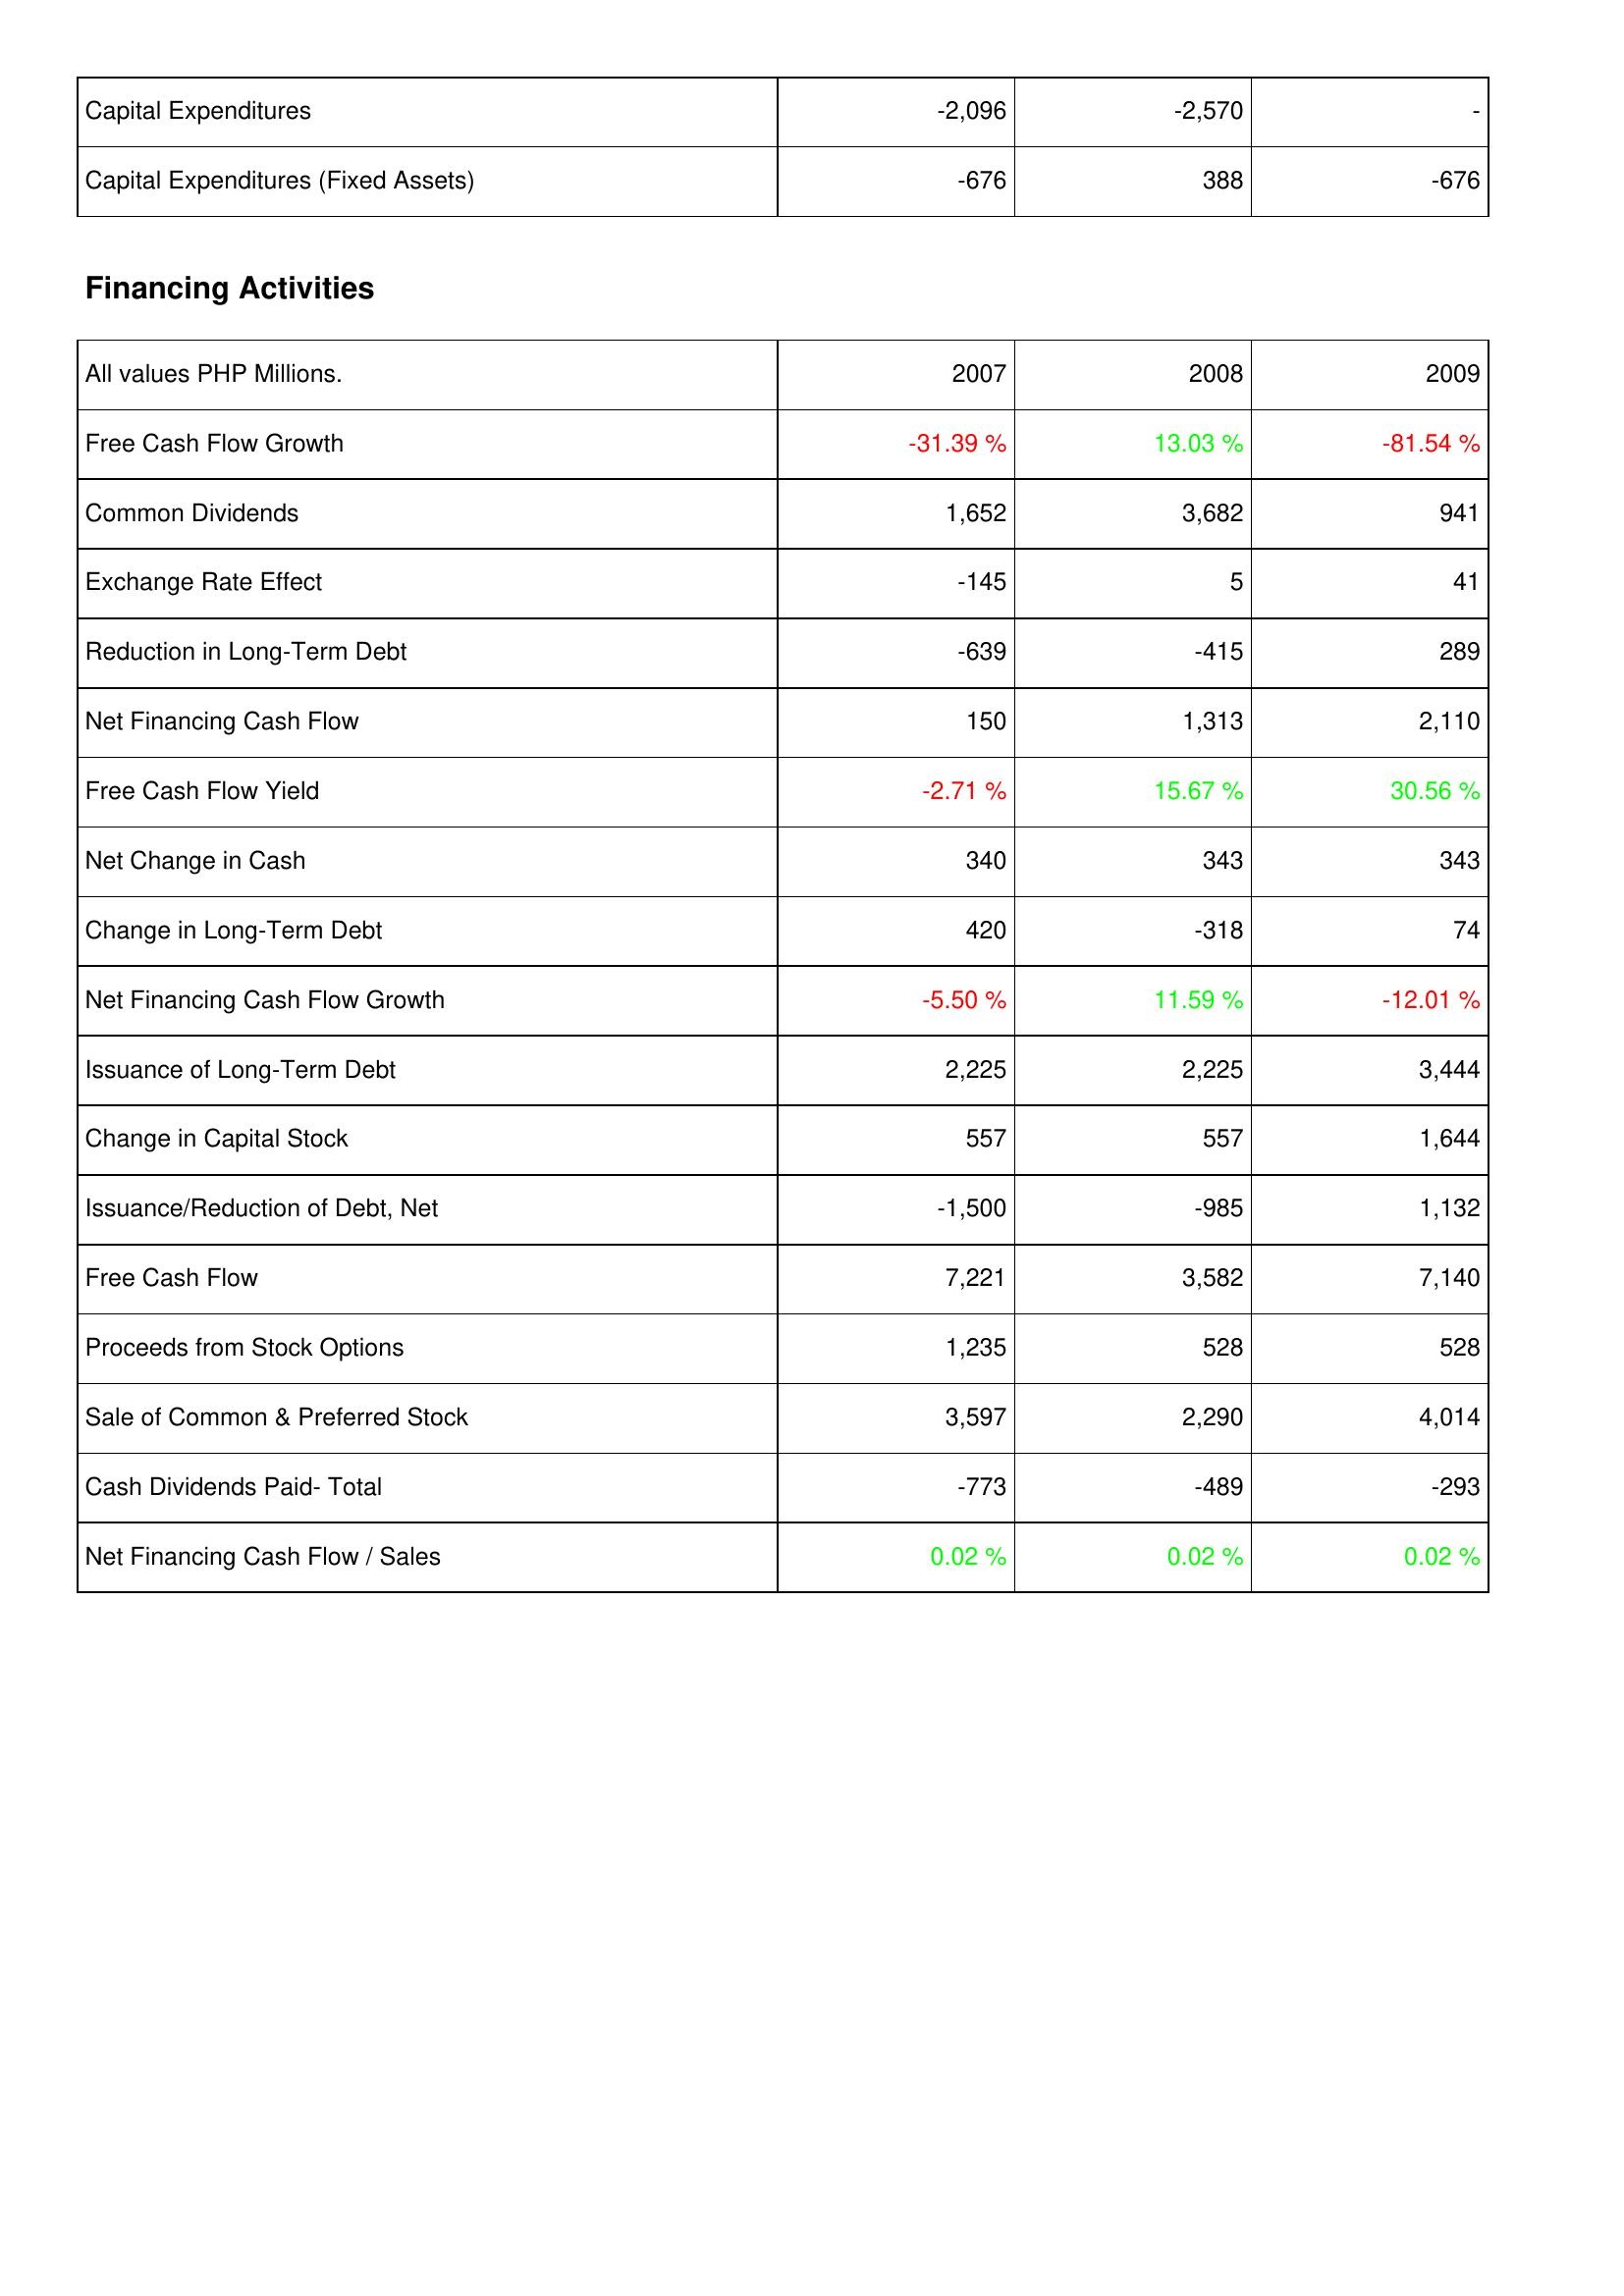
2007: Investing Activities: Capital Expenditures: -2,096
Capital Expenditures (Fixed Assets): -676
Financing Activities: Free Cash Flow Growth: -31.39 %
Common Dividends: 1,652
Exchange Rate Effect: -145
Reduction in Long-Term Debt: -639
Net Financing Cash Flow: 150
Free Cash Flow Yield: -2.71 %
Net Change in Cash: 340
Change in Long-Term Debt: 420
Net Financing Cash Flow Growth: -5.50 %
Issuance of Long-Term Debt: 2,225
Change in Capital Stock: 557
Issuance/Reduction of Debt, Net: -1,500
Free Cash Flow: 7,221
Proceeds from Stock Options: 1,235
Sale of Common & Preferred Stock: 3,597
Cash Dividends Paid- Total: -773
Net Financing Cash Flow / Sales: 0.02 %
2008: Investing Activities: Capital Expenditures: -2,570
Capital Expenditures (Fixed Assets): 388
Financing Activities: Free Cash Flow Growth: 13.03 %
Common Dividends: 3,682
Exchange Rate Effect: 5
Reduction in Long-Term Debt: -415
Net Financing Cash Flow: 1,313
Free Cash Flow Yield: 15.67 %
Net Change in Cash: 343
Change in Long-Term Debt: -318
Net Financing Cash Flow Growth: 11.59 %
Issuance of Long-Term Debt: 2,225
Change in Capital Stock: 557
Issuance/Reduction of Debt, Net: -985
Free Cash Flow: 3,582
Proceeds from Stock Options: 528
Sale of Common & Preferred Stock: 2,290
Cash Dividends Paid- Total: -489
Net Financing Cash Flow / Sales: 0.02 %
2009: Investing Activities: Capital Expenditures: -
Capital Expenditures (Fixed Assets): -676
Financing Activities: Free Cash Flow Growth: -81.54 %
Common Dividends: 941
Exchange Rate Effect: 41
Reduction in Long-Term Debt: 289
Net Financing Cash Flow: 2,110
Free Cash Flow Yield: 30.56 %
Net Change in Cash: 343
Change in Long-Term Debt: 74
Net Financing Cash Flow Growth: -12.01 %
Issuance of Long-Term Debt: 3,444
Change in Capital Stock: 1,644
Issuance/Reduction of Debt, Net: 1,132
Free Cash Flow: 7,140
Proceeds from Stock Options: 528
Sale of Common & Preferred Stock: 4,014
Cash Dividends Paid- Total: -293
Net Financing Cash Flow / Sales: 0.02 %